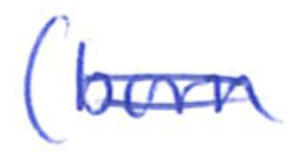
Text: (born
Cross-out: double-line
Writing tool: ballpoint